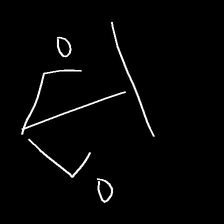
Glyph: earth